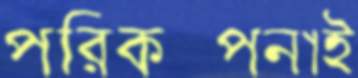
পরিকল্পনাই